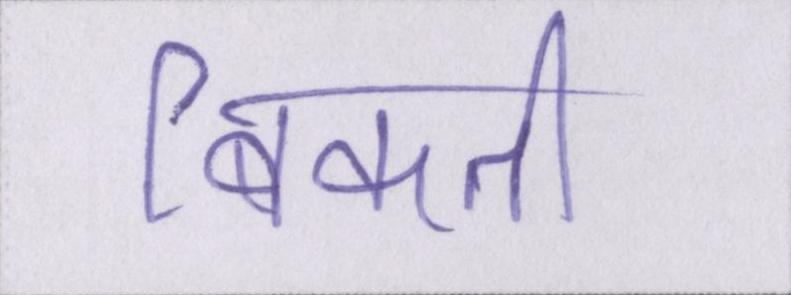
बिकती